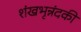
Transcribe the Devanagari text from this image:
शंखभृन्नंदकी